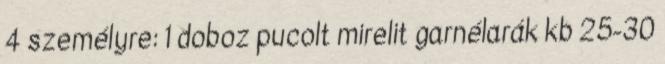
4 személyre: 1 doboz pucolt mirelit garnélarák kb 25-30